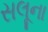
સલૂના